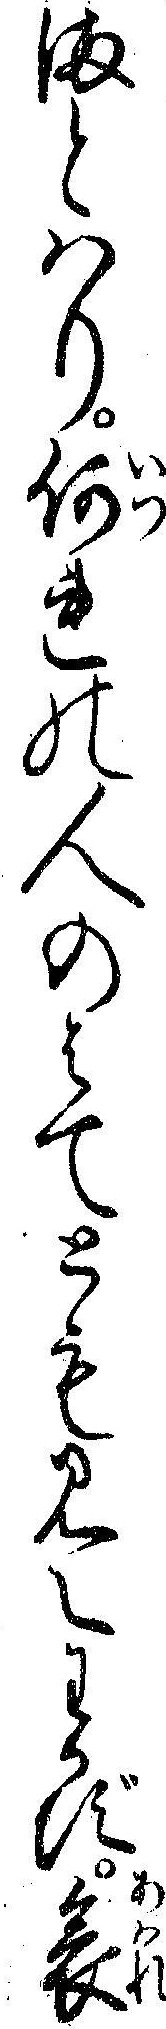
まとハり何れの人のはてとも見えわかず哀